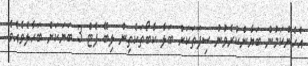
އެހެންކަމުން ބަޔާންކުރެވުނު ސިފަތަކަށް ބަލާ ކާބޯތަކެތިން ލިބޭ ފެޓް 3 ބަޔަކަށް ބަހާލެވެއެވެ.